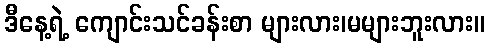
ဒီနေ့ရဲ့ ကျောင်းသင်ခန်းစာ များလား၊မများဘူးလား။